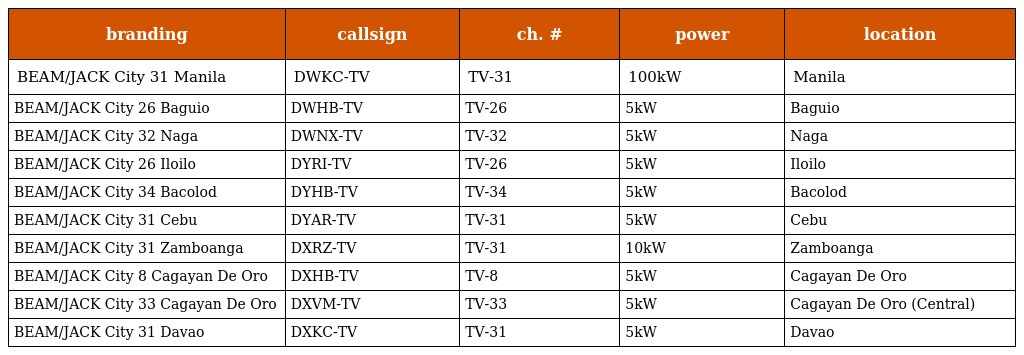
| branding | callsign | ch. # | power | location |
 | --- | --- | --- | --- | --- |
 | BEAM/JACK City 31 Manila | DWKC-TV | TV-31 | 100kW | Manila |
 | BEAM/JACK City 26 Baguio | DWHB-TV | TV-26 | 5kW | Baguio |
 | BEAM/JACK City 32 Naga | DWNX-TV | TV-32 | 5kW | Naga |
 | BEAM/JACK City 26 Iloilo | DYRI-TV | TV-26 | 5kW | Iloilo |
 | BEAM/JACK City 34 Bacolod | DYHB-TV | TV-34 | 5kW | Bacolod |
 | BEAM/JACK City 31 Cebu | DYAR-TV | TV-31 | 5kW | Cebu |
 | BEAM/JACK City 31 Zamboanga | DXRZ-TV | TV-31 | 10kW | Zamboanga |
 | BEAM/JACK City 8 Cagayan De Oro | DXHB-TV | TV-8 | 5kW | Cagayan De Oro |
 | BEAM/JACK City 33 Cagayan De Oro | DXVM-TV | TV-33 | 5kW | Cagayan De Oro (Central) |
 | BEAM/JACK City 31 Davao | DXKC-TV | TV-31 | 5kW | Davao |